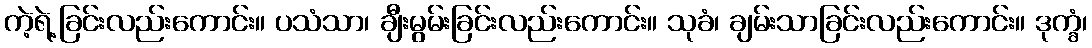
ကဲ့ရဲ့ခြင်းလည်းကောင်း။ ပသံသာ၊ ချီးမွမ်းခြင်းလည်းကောင်း။ သုခံ၊ ချမ်းသာခြင်းလည်းကောင်း။ ဒုက္ခံ၊